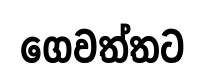
ගෙවත්තට